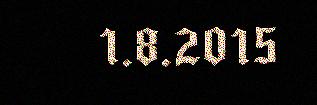
1.8.2015